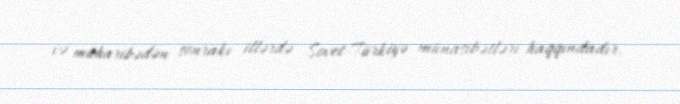
və müharibədən sonrakı illərdə Sovet-Türkiyə münasibətləri haqqındadır.